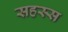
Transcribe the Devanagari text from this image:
सहस्स